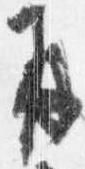
并